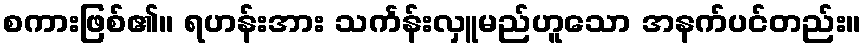
စကားဖြစ်၏။ ရဟန်းအား သင်္ကန်းလှူမည်ဟူသော အနက်ပင်တည်း။